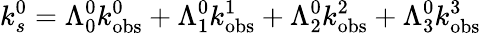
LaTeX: k_{s}^{0}=\Lambda_{0}^{0}k_{\mathrm{obs}}^{0}+\Lambda_{1}^{0}k_{\mathrm{obs}}^{1}+\Lambda_{2}^{0}k_{\mathrm{obs}}^{2}+\Lambda_{3}^{0}k_{\mathrm{obs}}^{3}